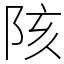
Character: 陔